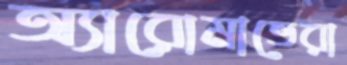
অ্যারোমাভেরা